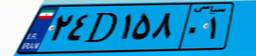
۲۴D۱۵۸۰۱